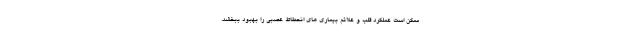
ممکن است عملکرد قلب و علائم بیماری های انحطاط عصبی را بهبود ببخشد.